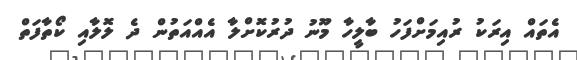
އެތައް އިރަކު ރުއިމަށްފަހު ބާލީހާ މޫނު ދުރުކޮށްލާ އެއްއަތުން ދެ ލޮލާއި ކޯތާފަތް